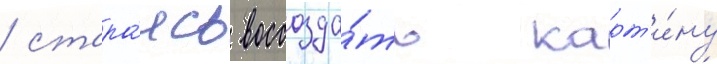
/ стара́ясь воссозда́ть карт'и́ну